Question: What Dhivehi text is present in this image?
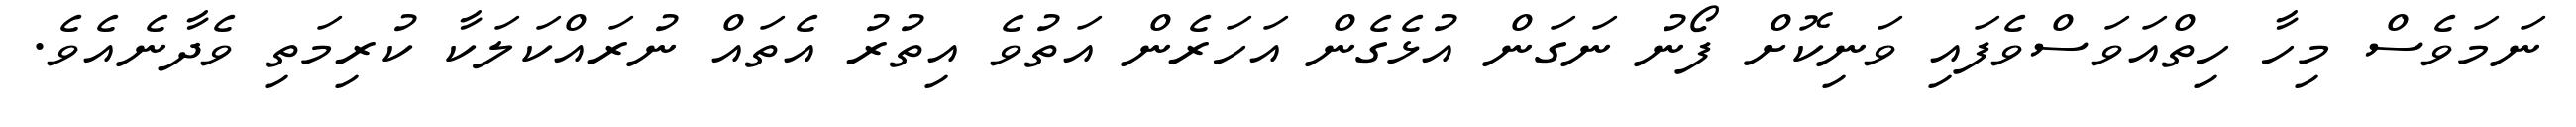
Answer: ނަމަވެސް މިހާ ހިތްއަވަސްވެފައި ވަނިކޮށް ފޯނު ނަގަން އުޅެގެން އަހަރެން އަތުވެ އިތުރު އެތައް ނުރައްކަލަކާ ކުރިމަތި ވެދާނެއެވެ.